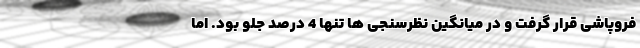
فروپاشی قرار گرفت و در میانگین نظرسنجی ها تنها 4 درصد جلو بود. اما